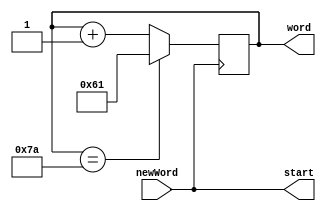
module ascii_a_z #(
  parameter SIZE = 8,
  parameter LIMIT = 8'd122
)(
// Inputs and output ports
  input newWord,
  output reg [SIZE-1:0] word,
  output start
);

// Descripcin del comportamiento
assign start = newWord;

initial
begin
  word = 8'd97;
end

always@(posedge newWord)
begin
  if(word == LIMIT)
  begin
    word <= 8'd97;
  end
  else
  begin
    word <= word + 1'd1;
  end
end

endmodule